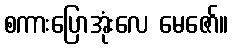
စကားပြောအုံးလေ မေဇော်။